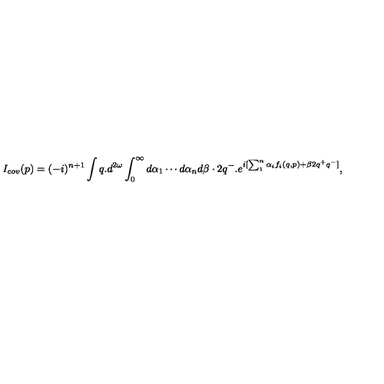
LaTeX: I _ { c o v } ( p ) = ( - i ) ^ { n + 1 } \int q . d ^ { 2 \omega } \int _ { 0 } ^ { \infty } d \alpha _ { 1 } \cdots d \alpha _ { n } d \beta \cdot 2 q ^ { - } . e ^ { i [ \sum _ { 1 } ^ { n } \alpha _ { i } f _ { i } ( q , p ) + \beta 2 q ^ { + } q ^ { - } ] } ,